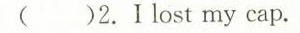
( )2.Ⅰlost my cap.